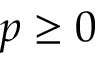
p \geq 0